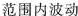
范围内波动